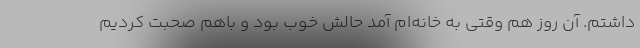
داشتم. آن روز هم وقتی به خانه‌ام آمد حالش خوب بود و باهم صحبت کردیم